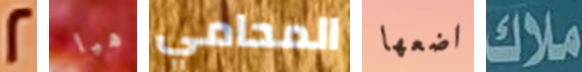
2 هيا المحامي اضعها ملاك